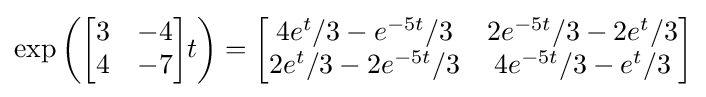
\exp \left({\begin{bmatrix}3&-4\\4&-7\end{bmatrix}}t\right)={\begin{bmatrix}4e^{t}/3-e^{-5t}/3&2e^{-5t}/3-2e^{t}/3\\2e^{t}/3-2e^{-5t}/3&4e^{-5t}/3-e^{t}/3\end{bmatrix}}